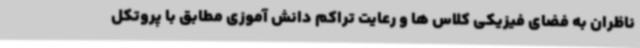
ناظران به فضای فیزیکی کلاس ها و رعایت تراکم دانش آموزی مطابق با پروتکل